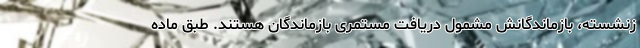
زنشسته، بازماندگانش مشمول دریافت مستمری بازماندگان هستند. طبق ماده